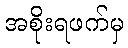
အစိုးရဖက်မှ